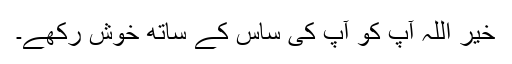
خیر اللہ آپ کو آپ کی ساس کے ساتھ خوش رکھے۔